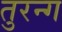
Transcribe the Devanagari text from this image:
तुरन्ग